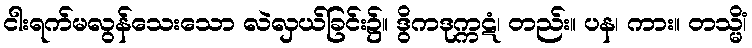
ငါးရက်မလွန်သေးသော လဲလှယ်ခြင်း၌။ ဒွိကဒုက္ကဋံ၊ တည်း။ ပန၊ ကား။ တသ္မိံ၊